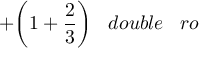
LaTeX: + { \bigg ( } 1 + { \frac { 2 } { 3 } } { \bigg ) } \; \; \; d o u b l e \; \; \; r o